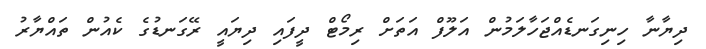
ދިޔާނާ ހިނިގަނޑެއްޖަހާލަމުން އަލޫފް އަތަށް ރިމޯޓް ދީފައި ދިޔައީ ރޭގަނޑުގެ ކެއުން ތައްޔާރު